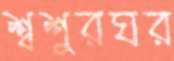
শ্বশুরঘর